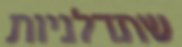
שתדלניות